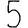
Digit: 5